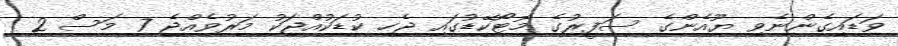
ވަޑައިގެންނެވި ޔޫއެންގެ ސަފީރުގެ މޮޓޯކޭޑުގައި ޖެހި ކުޑަކުއްޖަކު މަރުވެއްޖެ 7 މަސް 2